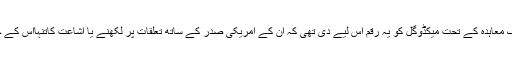
امریکی میڈیا کمپنی نے ایک معاہدہ کے تحت میكڈوگل کو یہ رقم اس لیے دی تھی کہ ان کے امریکی صدر کے ساتھ تعلقات پر لکھنے یا اشاعت کاتنہااس کے حقوق کمپنی کے پاس رہے۔